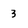
Character: 3